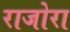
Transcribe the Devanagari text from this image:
राजोरा